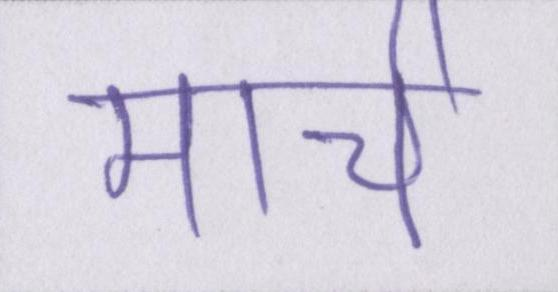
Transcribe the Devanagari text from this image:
मार्च